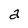
Character: a